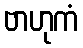
ဗာဟုကံ